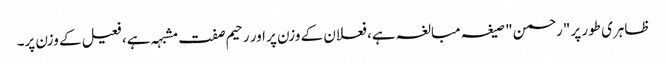
ظاہری طور پر "رحمن" صیغہ مبالغہ ہے، فعلان کے وزن پر اور رحیم صفت مشبہہ ہے، فعیل کے وزن پر۔